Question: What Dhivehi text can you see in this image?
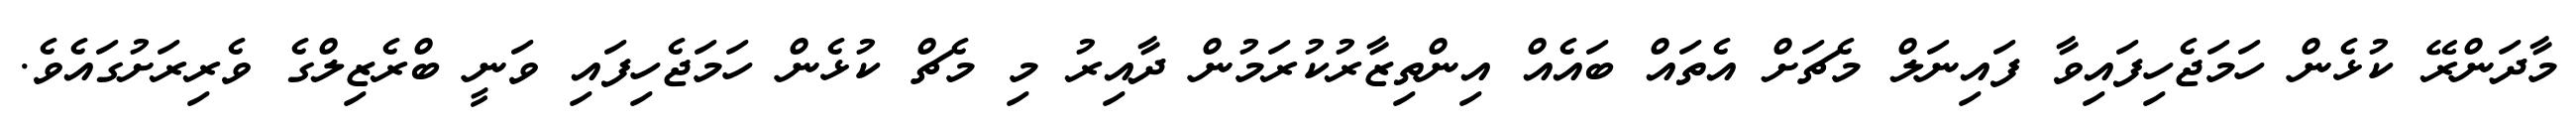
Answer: މާދަންރޭ ކުޅެން ހަމަޖެހިފައިވާ ފައިނަލް މެޗަށް އެތައް ބައެއް އިންތިޒާރުކުރަމުން ދާއިރު މި މެޗް ކުޅެން ހަމަޖެހިފައި ވަނީ ބްރެޒިލްގެ ވެރިރަށުގައެވެ.